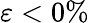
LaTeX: \varepsilon<0\%